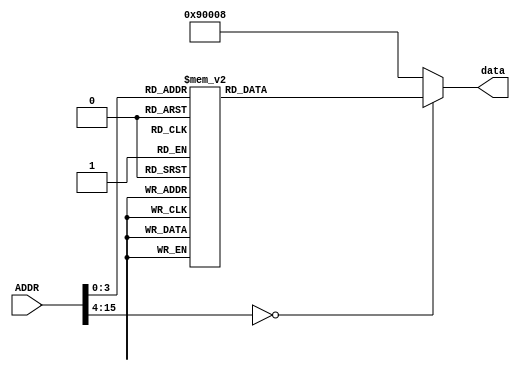
`timescale 1ns / 1ps
//////////////////////////////////////////////////////////////////////////////////
//Prosta pami asynchroniczna zaimplementowana przy wykorzystaniu wyraenia case
//////////////////////////////////////////////////////////////////////////////////


module ROM #(parameter ROM_WIDTH = 21)(
        input [15:0] ADDR,
        output reg [ROM_WIDTH-1:0] data
    );
    

   
//Zmiana na wejciu ADDR powoduje zmien danej na magistrali wyjciowej

always @(*)
   case (ADDR)
4'b0000: data <= 21'b111010000000000000001;
4'b0001: data <= 21'b110100000000000000000;
4'b0010: data <= 21'b111010000000000000010;
4'b0011: data <= 21'b110100000000000000001;
4'b0100: data <= 21'b111010000000000000011;
4'b0101: data <= 21'b110100000000000000010;
4'b0110: data <= 21'b111100000000000000000;
4'b0111: data <= 21'b111100000000000000001;
4'b1000: data <= 21'b111100000000000000010;
4'b1001: data <= 21'b010010000000000001001;
default: data <= 21'b010010000000000001000;
   endcase

endmodule